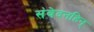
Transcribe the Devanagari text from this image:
संवेदनहिन्